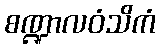
စဏ္ဍာလဝံသိကံ